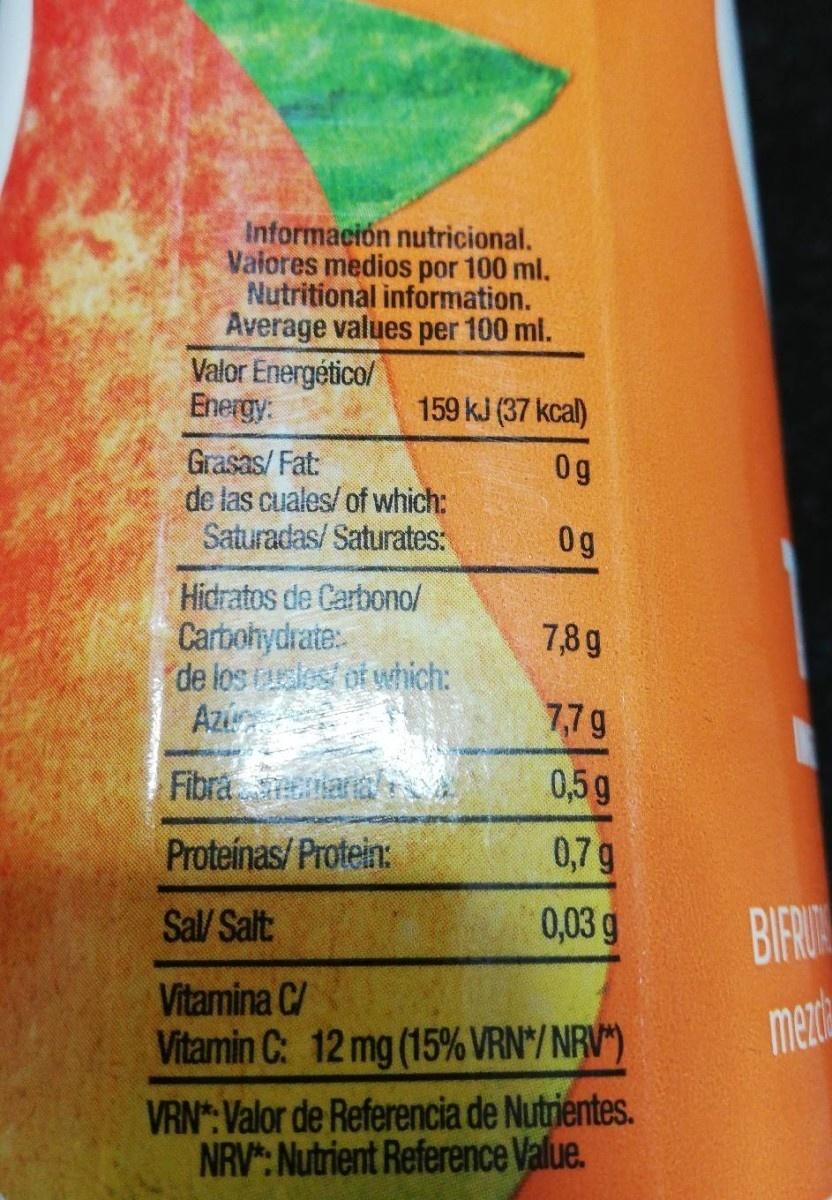
Información nutricional. Valores medios por 100 ml. Nutritional information. Average values per 100 ml. Valor Energético/ Energy: 159 kJ (37 kcal) Grasas/ Fat: de las cuales/ of which: Saturadas/ Saturates: 0g 0g Hidratos de Carbono/ Carbohydrate: de los les/ of which: Az 7,8g 7,7g Fibramenarna 0,5g Proteínas/ Protein: 0,7 g Sal/ Salt: 0,03g BIR Vitamina C/ Vitamin C: 12 mg (15% VRN*/NRV") mexd VRN*: Valor de Referencia de Nutrientes. NRV: Nutrient Reference Value.